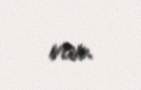
var.